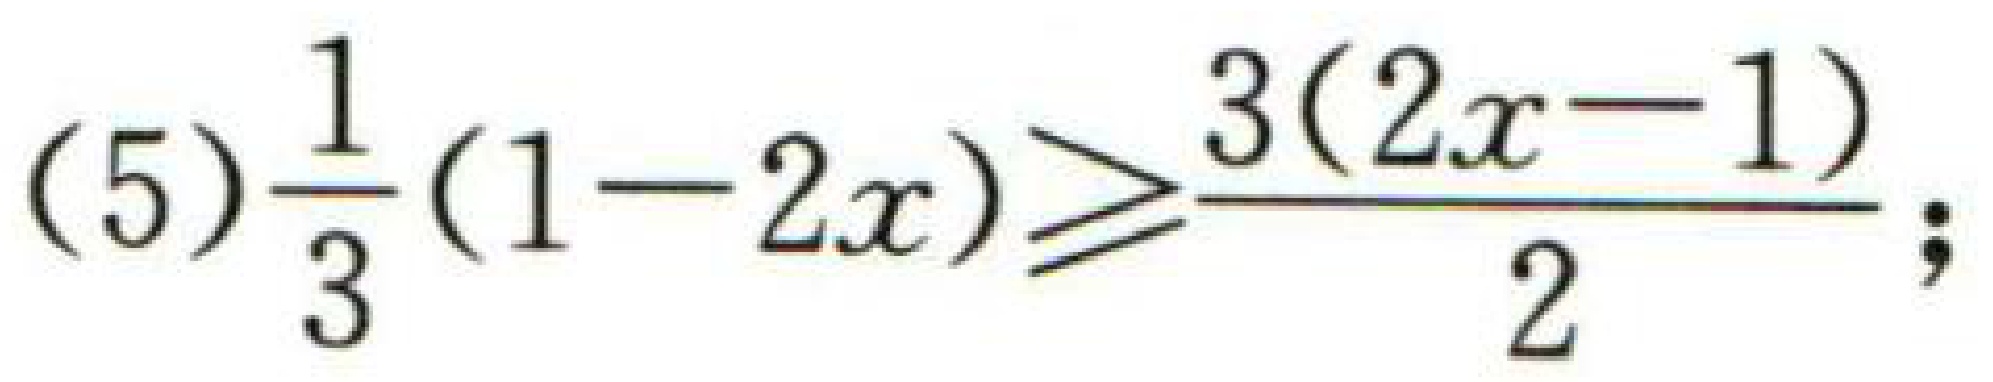
(5)$\frac{1}{3}(1 - 2x)\geqslant\frac{3(2x - 1)}{2}$;